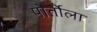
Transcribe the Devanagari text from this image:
पोर्तोला